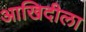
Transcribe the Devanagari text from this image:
आखिदीला